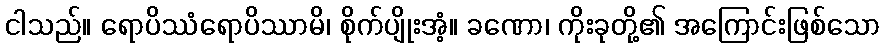
ငါသည်။ ရောပိဿံရောပိဿာမိ၊ စိုက်ပျိုးအံ့။ ခဏော၊ ကိုးခုတို့၏ အကြောင်းဖြစ်သော